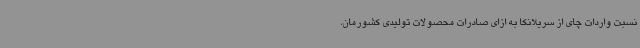
نسبت واردات چای از سریلانکا به ازای صادرات محصولات تولیدی کشورمان،